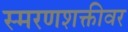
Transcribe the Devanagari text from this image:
स्मरणशक्तीवर